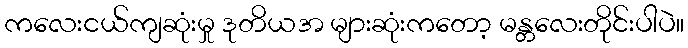
ကလေးငယ်ကျဆုံးမှု ဒုတိယအ များဆုံးကတော့ မန္တလေးတိုင်းပါပဲ။